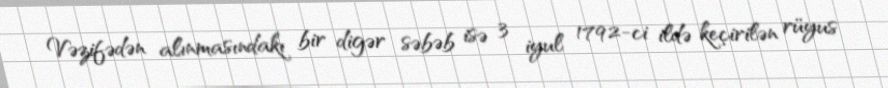
Vəzifədən alınmasındakı bir digər səbəb isə 3 iyul 1792-ci ildə keçirilən rüyus